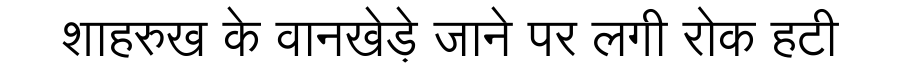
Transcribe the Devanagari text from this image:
शाहरुख के वानखेड़े जाने पर लगी रोक हटी